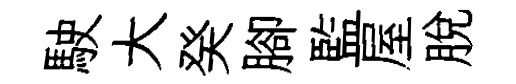
駛大癸腳監屋脫